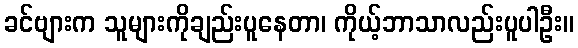
ခင်ဗျားက သူများကိုချည်းပူနေတာ၊ ကိုယ့်ဘာသာလည်းပူပါဦး။